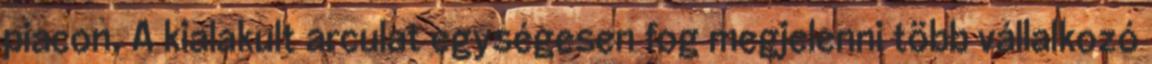
piacon. A kialakult arculat egységesen fog megjelenni több vállalkozó